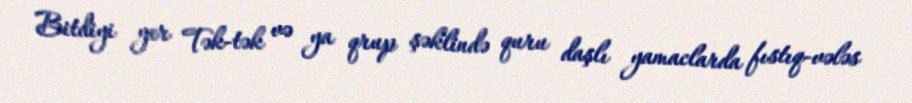
Bitdiyi yer Tək-tək və ya qrup şəklində quru daşlı yamaclarda fıstıq-vələs